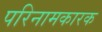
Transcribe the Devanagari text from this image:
परिनामकारक